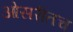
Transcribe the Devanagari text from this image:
ओसरीतच